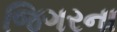
જિગરના